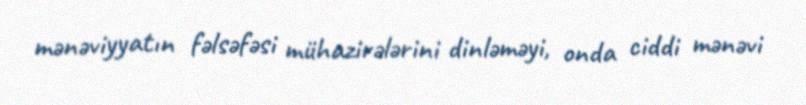
mənəviyyatın fəlsəfəsi mühazirələrini dinləməyi, onda ciddi mənəvi